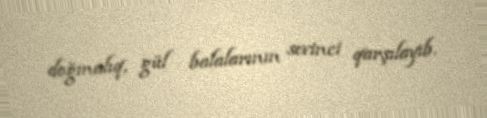
doğmalıq, gül balalarının sevinci qarşılayıb.